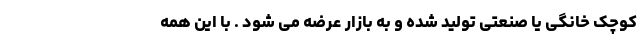
کوچک خانگی یا صنعتی تولید شده و به بازار عرضه می شود . با این همه